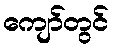
ကျော်တွင်